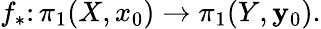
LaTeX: f_{*}\colon\pi_{1}(X,x_{0})\to\pi_{1}(Y,\mathbf{y}_{0}).